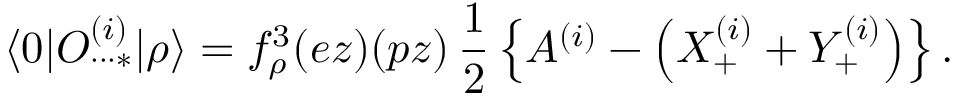
\langle 0 | O _ { \cdot \cdot \cdot * } ^ { ( i ) } | \rho \rangle = f _ { \rho } ^ { 3 } ( e z ) ( p z ) \, \frac { 1 } { 2 } \left\{ A ^ { ( i ) } - \left( X _ { + } ^ { ( i ) } + Y _ { + } ^ { ( i ) } \right) \right\} .